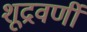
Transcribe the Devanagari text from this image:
शूद्रवर्णी